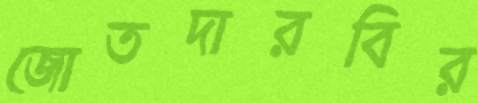
জোতদারবির